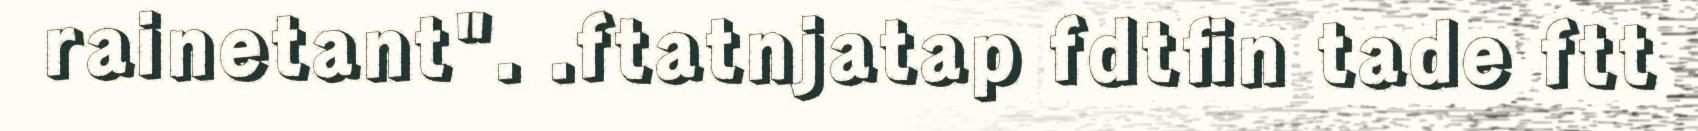
rainetant". .ftatnjatap fdtfin tade ftt